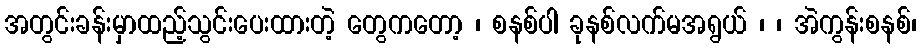
အတွင်းခန်းမှာထည့်သွင်းပေးထားတဲ့ တွေကတော့ ၊ စနစ်ပါ ခုနစ်လက်မအရွယ် ၊ ၊ အဲကွန်းစနစ်၊